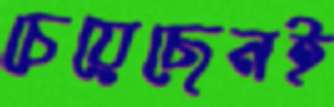
চেয়েছেনই